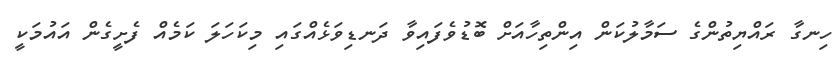
ހިނގާ ރައްޔިތުންގެ ސަމާލުކަން އިންތިހާއަށް ބޮޑުވެފައިވާ ދަނޑިވަޅެއްގައި މިކަހަލަ ކަމެއް ފެށީގެން އައުމަކީ